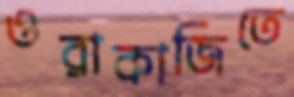
ওরাকাজিতে